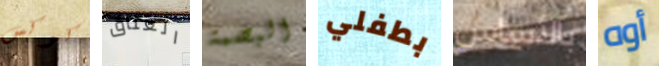
كوكس العناق البصمة بطفلي بالأساس أوه